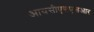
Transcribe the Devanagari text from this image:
आयसीएसएसआर